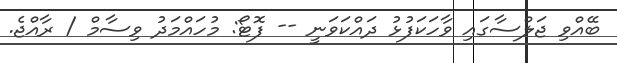
ބޭއްވި ޖަލްސާގައި ވާހަކަފުޅު ދައްކަވަނީ -- ފޮޓޯ: މުހައްމަދު ވިސާމް / ރާއްޖެ.